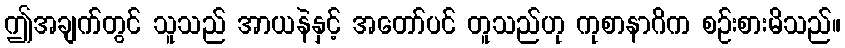
ဤအချက်တွင် သူသည် အာယနဲနှင့် အတော်ပင် တူသည်ဟု ကုစာနာဂိက စဉ်းစားမိသည်။